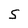
Character: S